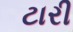
ટારી